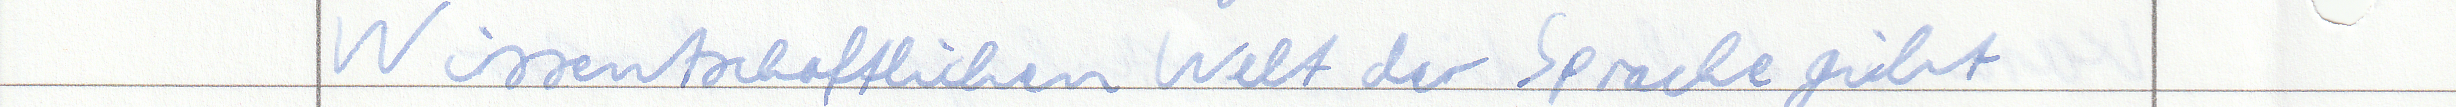
Wissentschaftlichen Welt der Sprache gibt